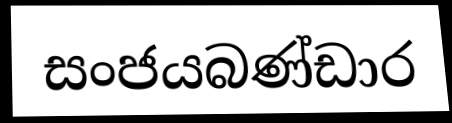
සංජයබණ්ඩාර